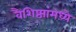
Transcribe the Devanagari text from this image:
वैशिष्ठ्यांमध्ये